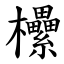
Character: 欙